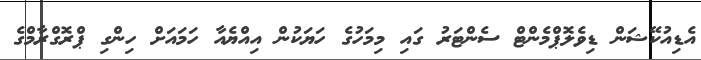
އެޑިއުކޭޝަން ޑިވެލޮޕްމެންޓް ސެންޓަރު ގައި މިމަހުގެ ހަޔަކުން އިއްޔެއާ ހަމައަށް ހިންގި ޕްރޮގްރާމްގެ